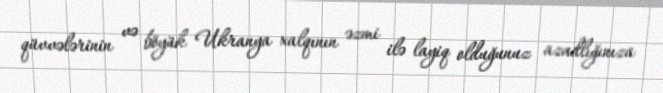
qüvvələrinin və böyük Ukranya xalqının əzmi ilə layiq olduğunuz azadlığınıza